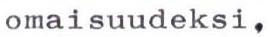
omaisuudeksi.